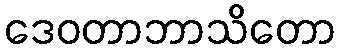
ဒေဝတာဘာသိတော